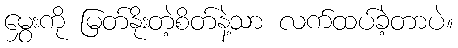
မွှေးကို မြတ်နိုးတဲ့စိတ်နဲ့သာ လက်ထပ်ခဲ့တာပဲ။